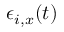
\epsilon _ { i , x } ( t )